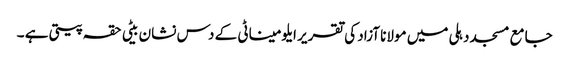
جامع مسجد دہلی میں مولانا آزاد کی تقریر	ایلومیناٹی کے دس نشان	بیٹی حقہ پیتی ہے ۔